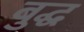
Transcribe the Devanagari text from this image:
बुद्घ